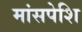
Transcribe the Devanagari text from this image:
मांसपेशि